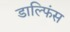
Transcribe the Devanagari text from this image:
डाल्फिंस